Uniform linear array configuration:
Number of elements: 32
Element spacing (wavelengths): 0.5
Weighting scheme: uniform
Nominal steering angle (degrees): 60
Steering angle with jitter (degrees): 58.797
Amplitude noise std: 0.05
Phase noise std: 0.05

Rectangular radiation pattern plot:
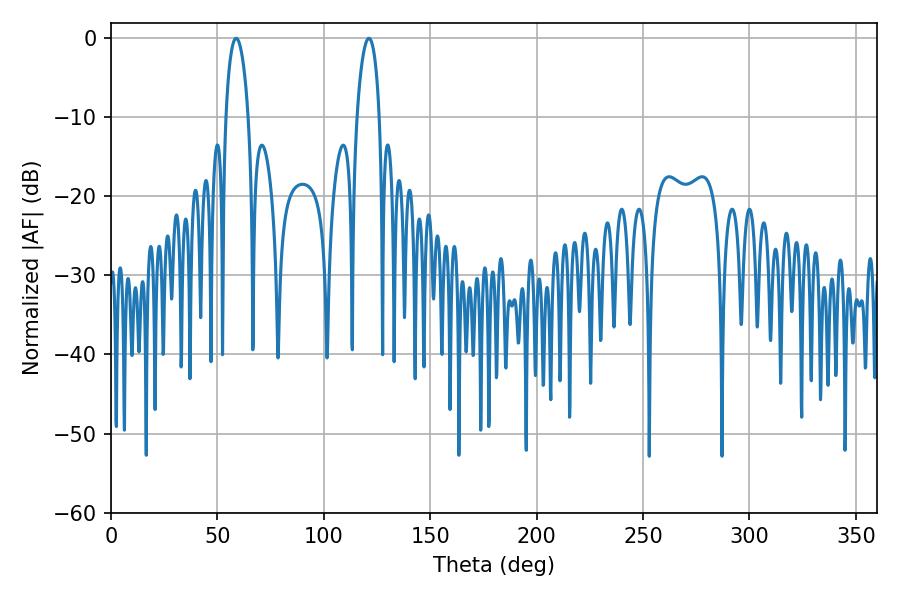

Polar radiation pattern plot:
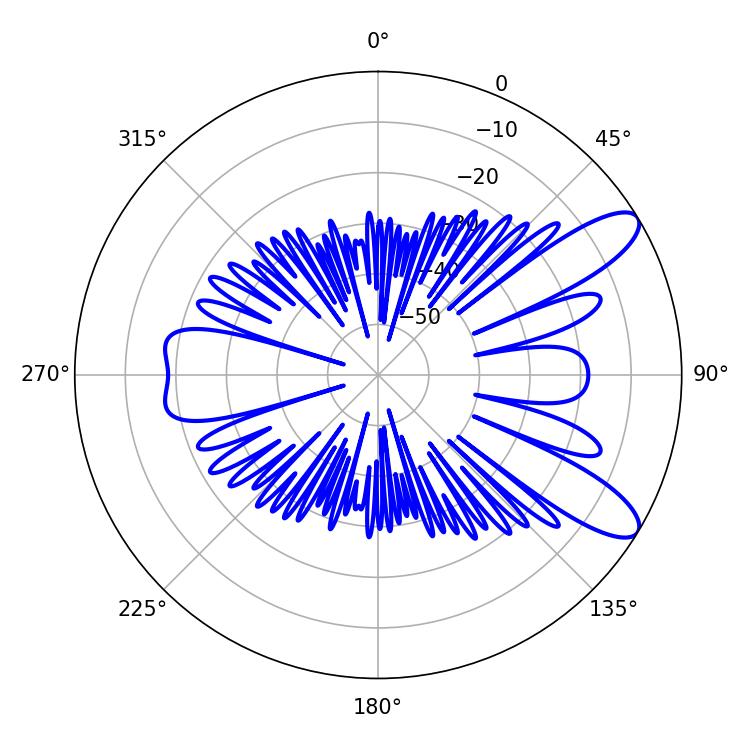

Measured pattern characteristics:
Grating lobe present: FALSE
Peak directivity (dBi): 10.093
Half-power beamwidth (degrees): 5.94
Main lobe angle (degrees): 58.86